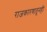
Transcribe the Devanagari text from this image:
राजकारणातूनही